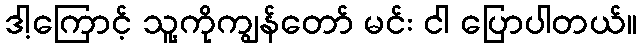
ဒါ့ကြောင့် သူ့ကိုကျွန်တော် မင်း ငါ ပြောပါတယ်။